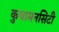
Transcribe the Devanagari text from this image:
कुचामनसिटी